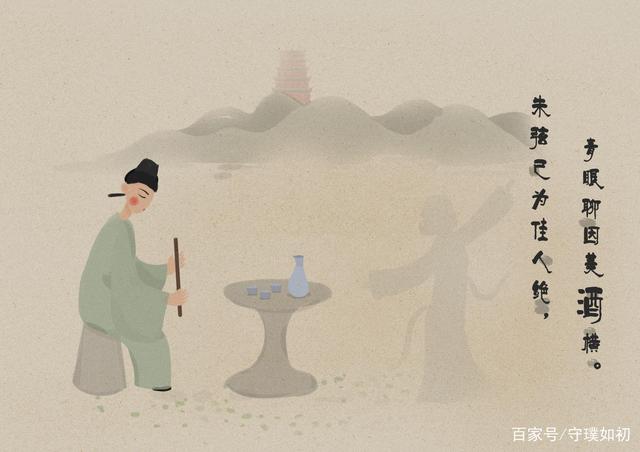
朱弦已为佳人绝，青眼聊因美酒横。